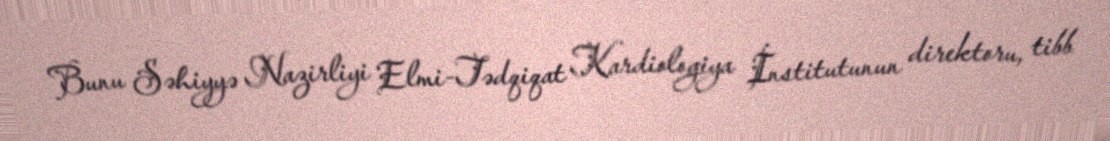
Bunu Səhiyyə Nazirliyi Elmi-Tədqiqat Kardiologiya İnstitutunun direktoru, tibb